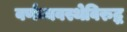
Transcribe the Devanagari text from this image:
वर्णव्यवस्थेविरुद्ध